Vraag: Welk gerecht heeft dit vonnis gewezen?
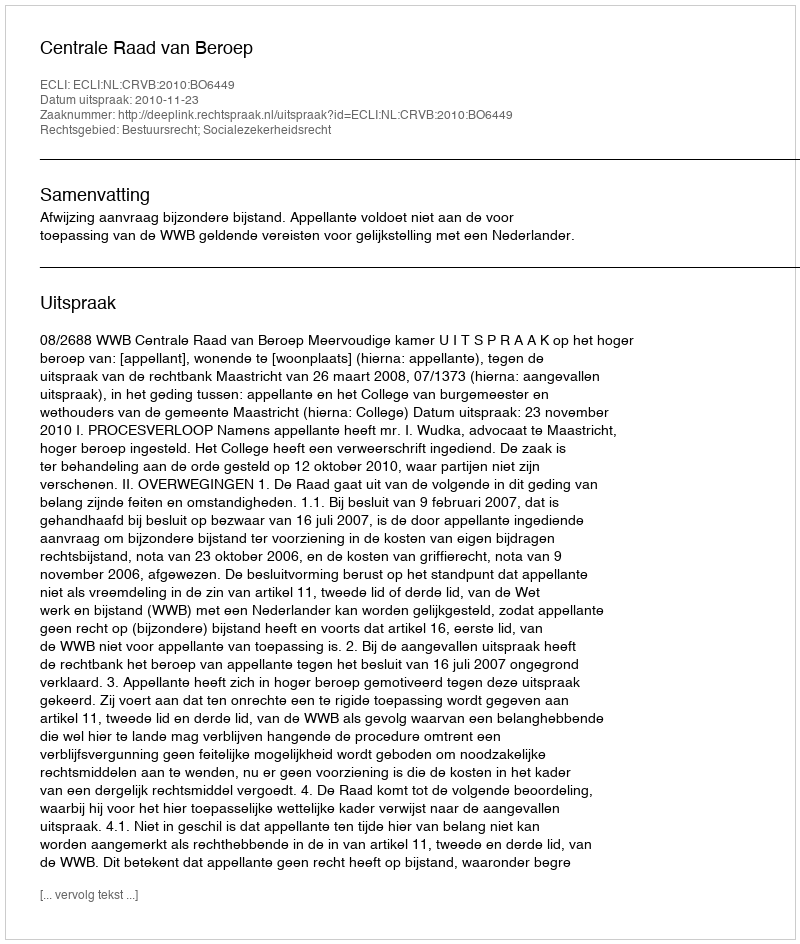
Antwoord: Centrale Raad van Beroep